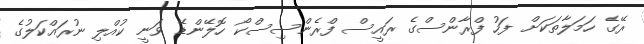
ރޭގެ ހަމަލާތަކަށް ފަހު ފްރާންސްގެ ރައީސް ފްރެންސިސްކޯ ހޮލޭންޑޭ ވަނީ ކުއްލި ނުރައްކަލުގެ